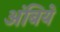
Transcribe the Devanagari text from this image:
अंबिये